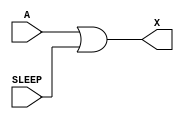
module sky130_fd_sc_hdll__inputiso1p (
    X    ,
    A    ,
    SLEEP
);

    // Module ports
    output X    ;
    input  A    ;
    input  SLEEP;

    //  Name  Output  Other arguments
    or  or0  (X     , A, SLEEP       );

endmodule